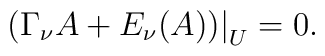
\bigl( \Gamma_\nu A + E_\nu(A) \bigr) \big|_U = 0 .